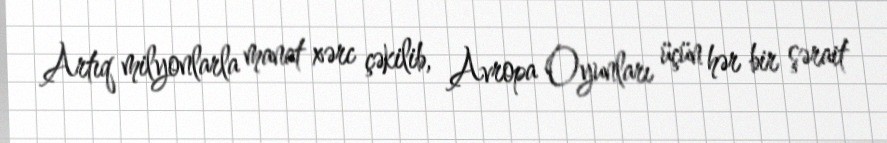
Artıq milyonlarla manat xərc çəkilib, Avropa Oyunları üçün hər bir şərait